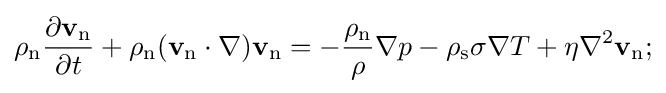
\rho _{\rm {n}}{\frac {\partial \mathbf {v} _{\rm {n}}}{\partial t}}+\rho _{\rm {n}}(\mathbf {v} _{\rm {n}}\cdot \nabla )\mathbf {v} _{\rm {n}}=-{\frac {\rho _{\rm {n}}}{\rho }}\nabla p-\rho _{\rm {s}}\sigma \nabla T+\eta \nabla ^{2}\mathbf {v} _{\rm {n}};